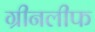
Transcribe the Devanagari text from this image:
ग्रीनलीफ